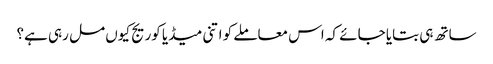
ساتھ ہی بتایا جائے کہ اس معاملے کو اتنی میڈیا کوریج کیوں مل رہی ہے؟